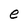
Character: e